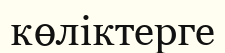
көліктерге